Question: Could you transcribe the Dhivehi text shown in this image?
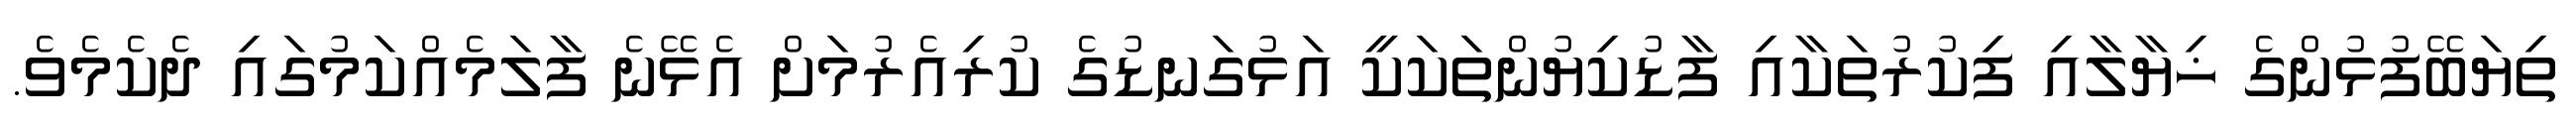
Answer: ތިޔަބޭފުޅުންގެ ޚިޔާލާއި ފިކުރުތަކާއި ފާޑުކިޔުންތަކަކީ އަޅުގަނޑުގެ ކުރިއެރުމަށް އެޅޭނެ ފާލަމެއްކަމުގައި ދެކެމެވެ.